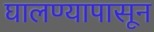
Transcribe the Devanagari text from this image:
घालण्यापासून